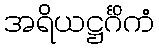
အရိယဋ္ဌင်္ဂိကံ